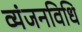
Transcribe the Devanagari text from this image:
व्यंजनविधि